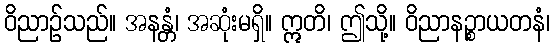
ဝိညာဉ်သည်။ အနန္တံ၊ အဆုံးမရှိ။ ဣတိ၊ ဤသို့။ ဝိညာနဉ္စာယတနံ၊